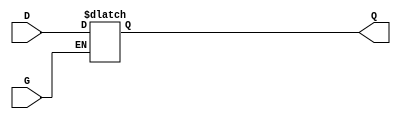
module gated_transparent_latch (
    input wire D,       // Data input
    input wire G,       // Enable (Gate) signal
    output reg Q        // Output
);

// Always block triggered on the rising edge of G or any change in D
always @ (G or D) begin
    if (G) begin
        Q <= D;       // When G is high, output follows the input
    end
    // When G is low, Q retains its previous value (no assignment needed)
end

endmodule